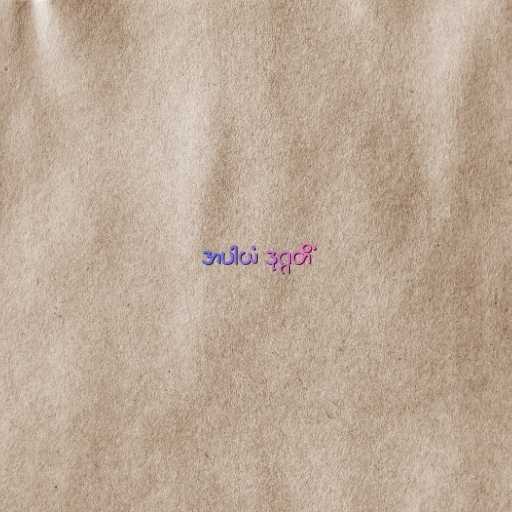
အပါယံ ဒုဂ္ဂတိံ